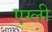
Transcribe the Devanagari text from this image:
एग्ली